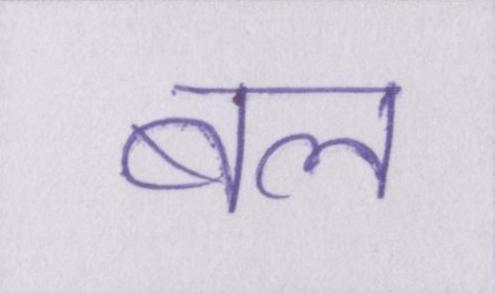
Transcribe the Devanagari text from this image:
बल